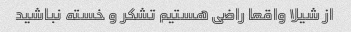
از شیلا واقعا راضی هستیم تشکر و خسته نباشید